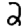
Digit: 2